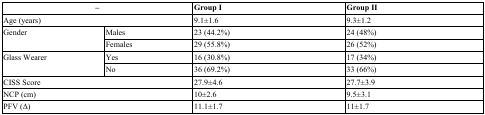
<table><thead><tr><td colspan="2"><b>–</b></td><td><b>Group I</b></td><td><b>Group II</b></td></tr></thead><tbody><tr><td colspan="2">Age (years)</td><td>9.1±1.6</td><td>9.3±1.2</td></tr><tr><td rowspan="2">Gender </td><td>Males </td><td>23 (44.2%)</td><td>24 (48%)</td></tr><tr><td>Females </td><td>29 (55.8%)</td><td>26 (52%)</td></tr><tr><td rowspan="2">Glass Wearer</td><td>Yes </td><td>16 (30.8%)</td><td>17 (34%)</td></tr><tr><td>No </td><td>36 (69.2%)</td><td>33 (66%)</td></tr><tr><td colspan="2">CISS Score</td><td>27.9±4.6</td><td>27.7±3.9</td></tr><tr><td colspan="2">NCP (cm)</td><td>10±2.6</td><td>9.5±3.1</td></tr><tr><td colspan="2">PFV (Δ)</td><td>11.1±1.7</td><td>11±1.7</td></tr></tbody></table>